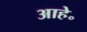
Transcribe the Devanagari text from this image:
आहे॰